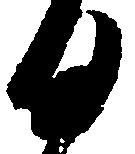
日